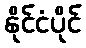
နိုင်ငံပိုင်